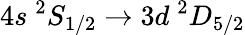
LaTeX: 4s\ ^{2}S_{1/2}\rightarrow 3d\ ^{2}D_{5/2}